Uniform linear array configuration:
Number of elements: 4
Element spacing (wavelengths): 0.75
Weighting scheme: blackman
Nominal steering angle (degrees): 15
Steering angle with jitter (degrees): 14.557
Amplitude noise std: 0.05
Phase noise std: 0.05

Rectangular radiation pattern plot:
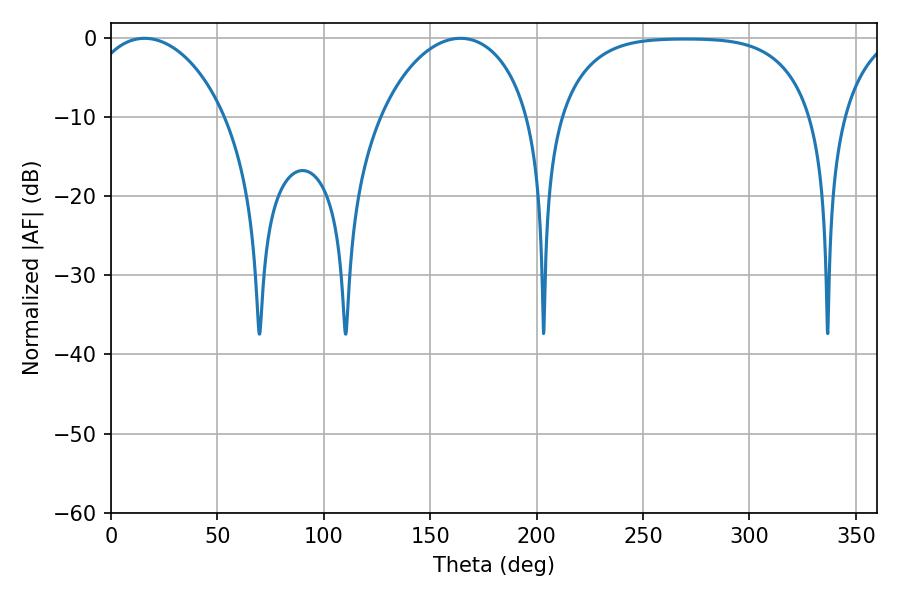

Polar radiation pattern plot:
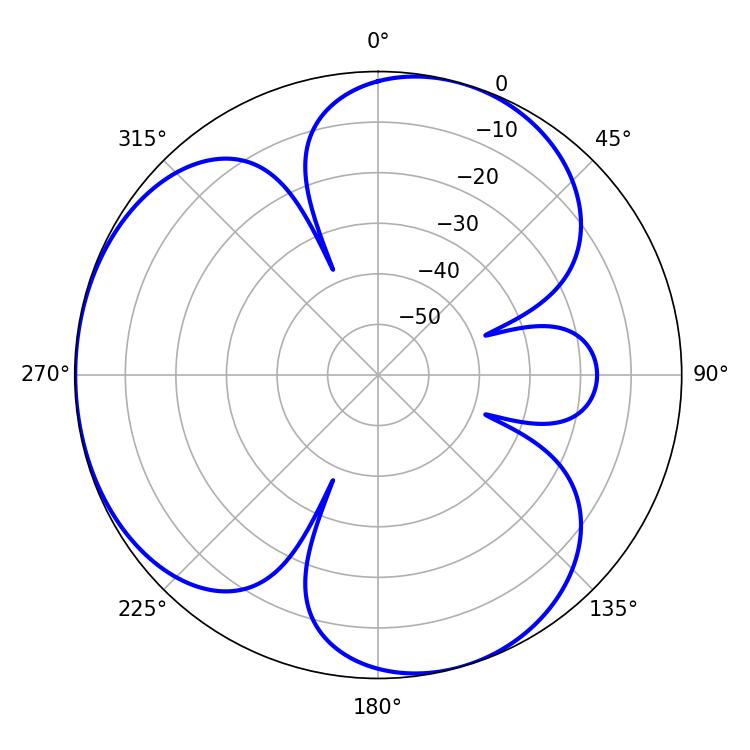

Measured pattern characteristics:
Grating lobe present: TRUE
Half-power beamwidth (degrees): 37.08
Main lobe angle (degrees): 15.84